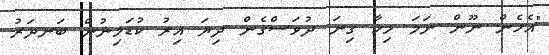
"އެހެން ނޫން ނަމަ މިހާ ގިނަ ދުވަސްގެން ދިޔަ އިރު ކުޑަމިނުން ބަނދަރު